Annual report on the Civil Veterinary Department, Burma (including the Insein Veterinary School) - 1923-1931
Year: 1923
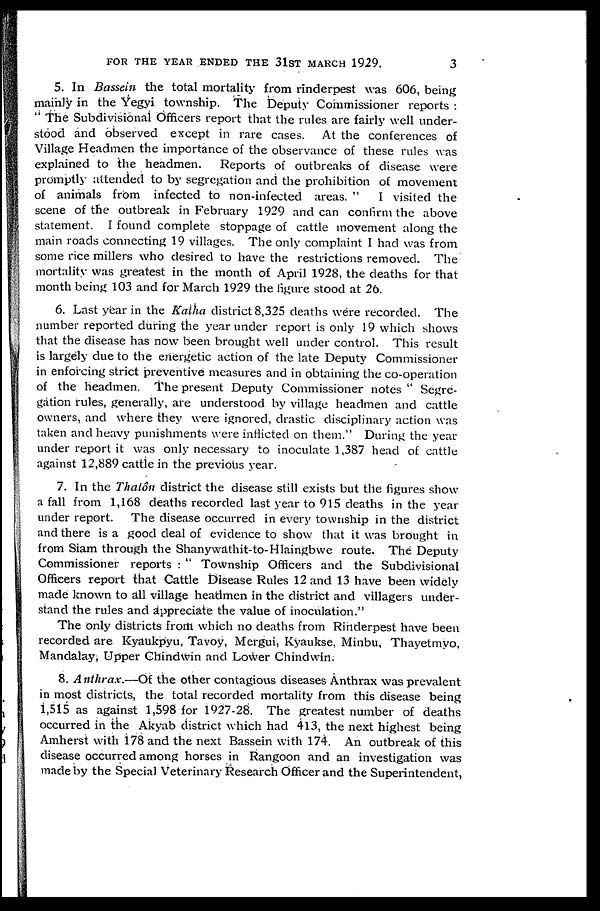
FOR THE YEAR ENDED THE 31ST MARCH 1929.
3
5. In Bassein the total mortality from rinderpest was 606, being
mainly in the Yegyi township. The Deputy Commissioner reports :
" The Subdivisional Officers report that the rules are fairly well under-
stood and observed except in rare cases. At the conferences of
Village Headmen the importance of the observance of these rules was
explained to the headmen. Reports of outbreaks of disease were
promptly attended to by segregation and the prohibition of movement
of animals from infected to non-infected areas. "
I visited the
scene of the outbreak in February 1929 and can confirm the above
statement. I found complete stoppage of cattle movement along the
main roads connecting 19 villages. The only complaint I had was from
some rice millers who desired to have the restrictions removed. The
mortality was greatest in the month of April 1928, the deaths for that
month being 103 and for March 1929 the figure stood at 26.
6. Last year in the Katha district 8,325 deaths were recorded. The
number reported during the year under report is only 19 which shows
that the disease has now been brought well under control. This result
is largely due to the energetic action of the late Deputy Commissioner
in enforcing strict preventive measures and in obtaining the co-operation
of the headmen. The present Deputy Commissioner notes " Segre-
gation rules, generally, are understood by village headmen and cattle
owners, and where they were ignored, drastic disciplinary action was
taken and heavy punishments were inflicted on them." During the year
under report it was only necessary to inoculate 1,387 head of cattle
against 12,889 cattle in the previous year.
7. In the Thalôn district the disease still exists but the figures show
a fall from 1,168 deaths recorded last year to 915 deaths in the year
under report. The disease occurred in every township in the district
and there is a good deal of evidence to show that it was brought in
from Siam through the Shanywathit-to-Hlaingbwe route. The Deputy
Commissioner reports : " Township Officers and the Subdivisional
Officers report that Cattle Disease Rules 12 and 13 have been widely
made known to all village headmen in the district and villagers under-
stand the rules and appreciate the value of inoculation."
The only districts from which no deaths from Rinderpest have been
recorded are Kyaukpyu, Tavoy, Mergui, Kyaukse, Minbu, Thayetmyo,
Mandalay, Upper Chindwin and Lower Chindwin.
8. Anthrax.—Of the other contagious diseases Anthrax was prevalent
in most districts, the total recorded mortality from this disease being
1,515 as against 1,598 for 1927-28. The greatest number of deaths
occurred in the Akyab district which had 413, the next highest being
Amherst with 178 and the next Bassein with 174. An outbreak of this
disease occurred among horses in Rangoon and an investigation was
made by the Special Veterinary Research Officer and the Superintendent,